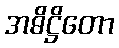
အဓိဋ္ဌိတော